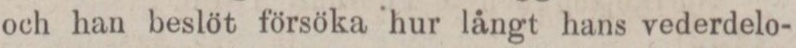
och han beslöt försöka hur långt hans vederdelo-